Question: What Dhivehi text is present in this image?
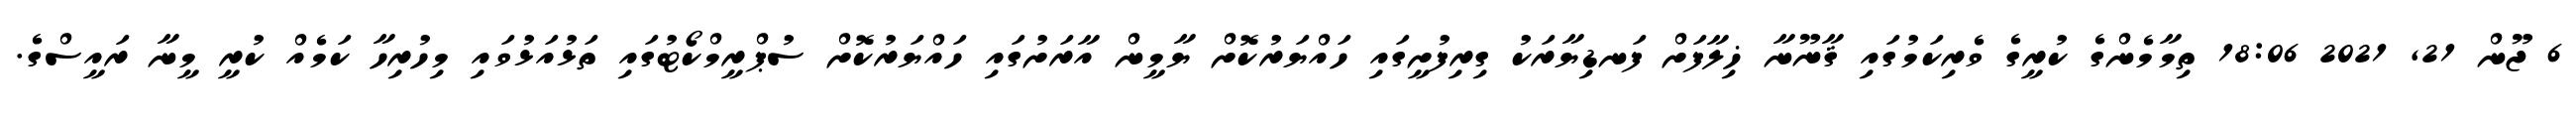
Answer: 6 ޖޫން 21, 2021 18:06 ތިމާމެންގެ ކުރީގެ ވެރިކަމުގައި ޤާނޫނާ ޚިލާފަށް ފަނޑިޔާރަކު ގިރިފުށީގައި ހައްޔަރުކޮށް ޔާމީން އާރަށުގައި ހައްޔަރުކޮށް ސުޕްރީމްކޯޓުގައި ތަޅުއަޅުވައި މިހުރިހާ ކަމެއް ކުރީ މީނާ ރައީސްގެ.